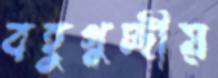
বহুগুচ্ছীয়